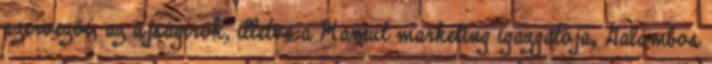
szervezői, az újságírók, illetve a Mamut marketing igazgatója, Galambos